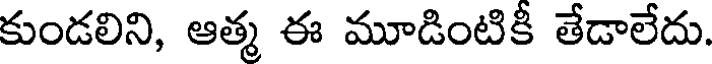
కుండలిని, ఆత్మ ఈ మూడింటికీ తేడాలేదు.